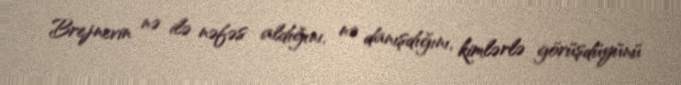
Brejnevin nə ilə nəfəs aldığını, nə danışdığını, kimlərlə görüşdüyünü